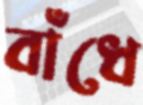
বাঁধে